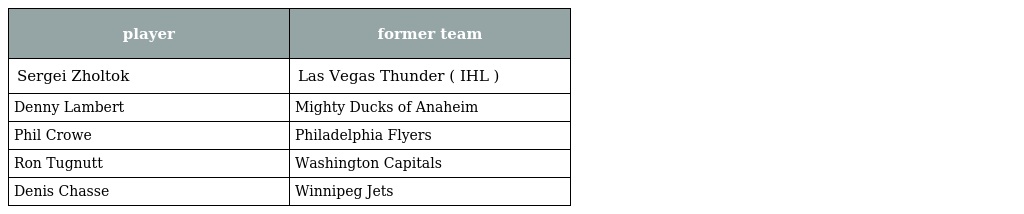
| player | former team |
 | --- | --- |
 | Sergei Zholtok | Las Vegas Thunder ( IHL ) |
 | Denny Lambert | Mighty Ducks of Anaheim |
 | Phil Crowe | Philadelphia Flyers |
 | Ron Tugnutt | Washington Capitals |
 | Denis Chasse | Winnipeg Jets |